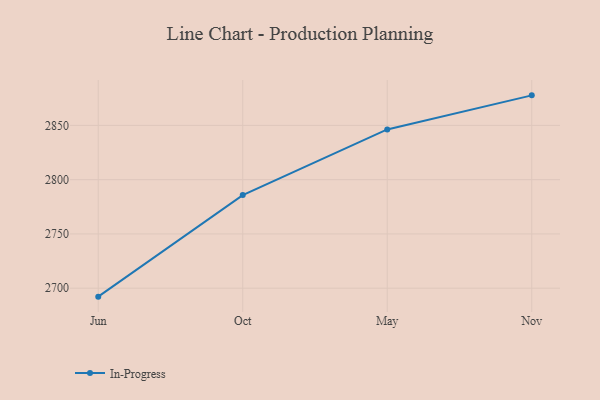
{"axis": {"x": "Month", "y": "Satisfaction Score"}, "legend": ["In-Progress"], "data": [{"x": "Jun", "y": 2692.2, "type": "In-Progress"}, {"x": "Oct", "y": 2785.8, "type": "In-Progress"}, {"x": "May", "y": 2846.3, "type": "In-Progress"}, {"x": "Nov", "y": 2877.7, "type": "In-Progress"}]}